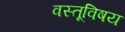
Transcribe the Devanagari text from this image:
वस्तूविषय